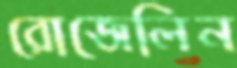
রোজেলিন